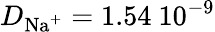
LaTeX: D_{\textrm{Na}^{+}}=1.54~10^{-9}